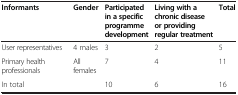
<table><thead><tr><td><b>Informants</b></td><td><b>Gender</b></td><td><b>Participated in a specific programme development</b></td><td><b>Living with a chronic disease or providing regular treatment</b></td><td><b>Total</b></td></tr></thead><tbody><tr><td>User representatives</td><td>4 males</td><td>3</td><td>2</td><td>5</td></tr><tr><td>Primary health professionals</td><td>All females</td><td>7</td><td>4</td><td>11</td></tr><tr><td colspan="2">In total</td><td>10</td><td>6</td><td>16</td></tr></tbody></table>